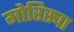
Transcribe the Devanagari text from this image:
मोरिस्चा